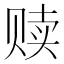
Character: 赎